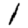
Digit: 1